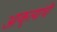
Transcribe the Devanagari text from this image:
आकृत्यांची